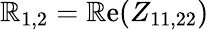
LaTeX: \mathbb{R}_{1,2}=\mathrm{{\mathbb{R}e}}(Z_{11,22})